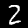
Digit: 2